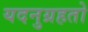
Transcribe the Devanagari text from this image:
यदनुग्रहतो